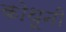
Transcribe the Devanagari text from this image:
कोथूनी